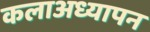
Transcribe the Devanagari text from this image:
कलाअध्यापन